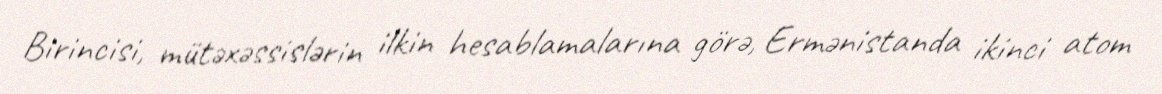
Birincisi, mütəxəssislərin ilkin hesablamalarına görə, Ermənistanda ikinci atom